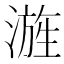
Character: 𣻓